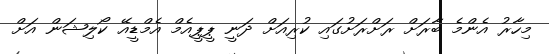
މިހާރު އެންމެ ބާރަށް ރަށްރަށުގައި ކުރިއަށް ދަނީ ޕީޕީއެމް އެމްޑީއޭ ކޯލިޝަން އަށް